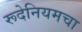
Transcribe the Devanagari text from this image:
रूदेनियमचा